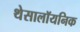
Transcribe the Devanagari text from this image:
थेसालॉयनिक